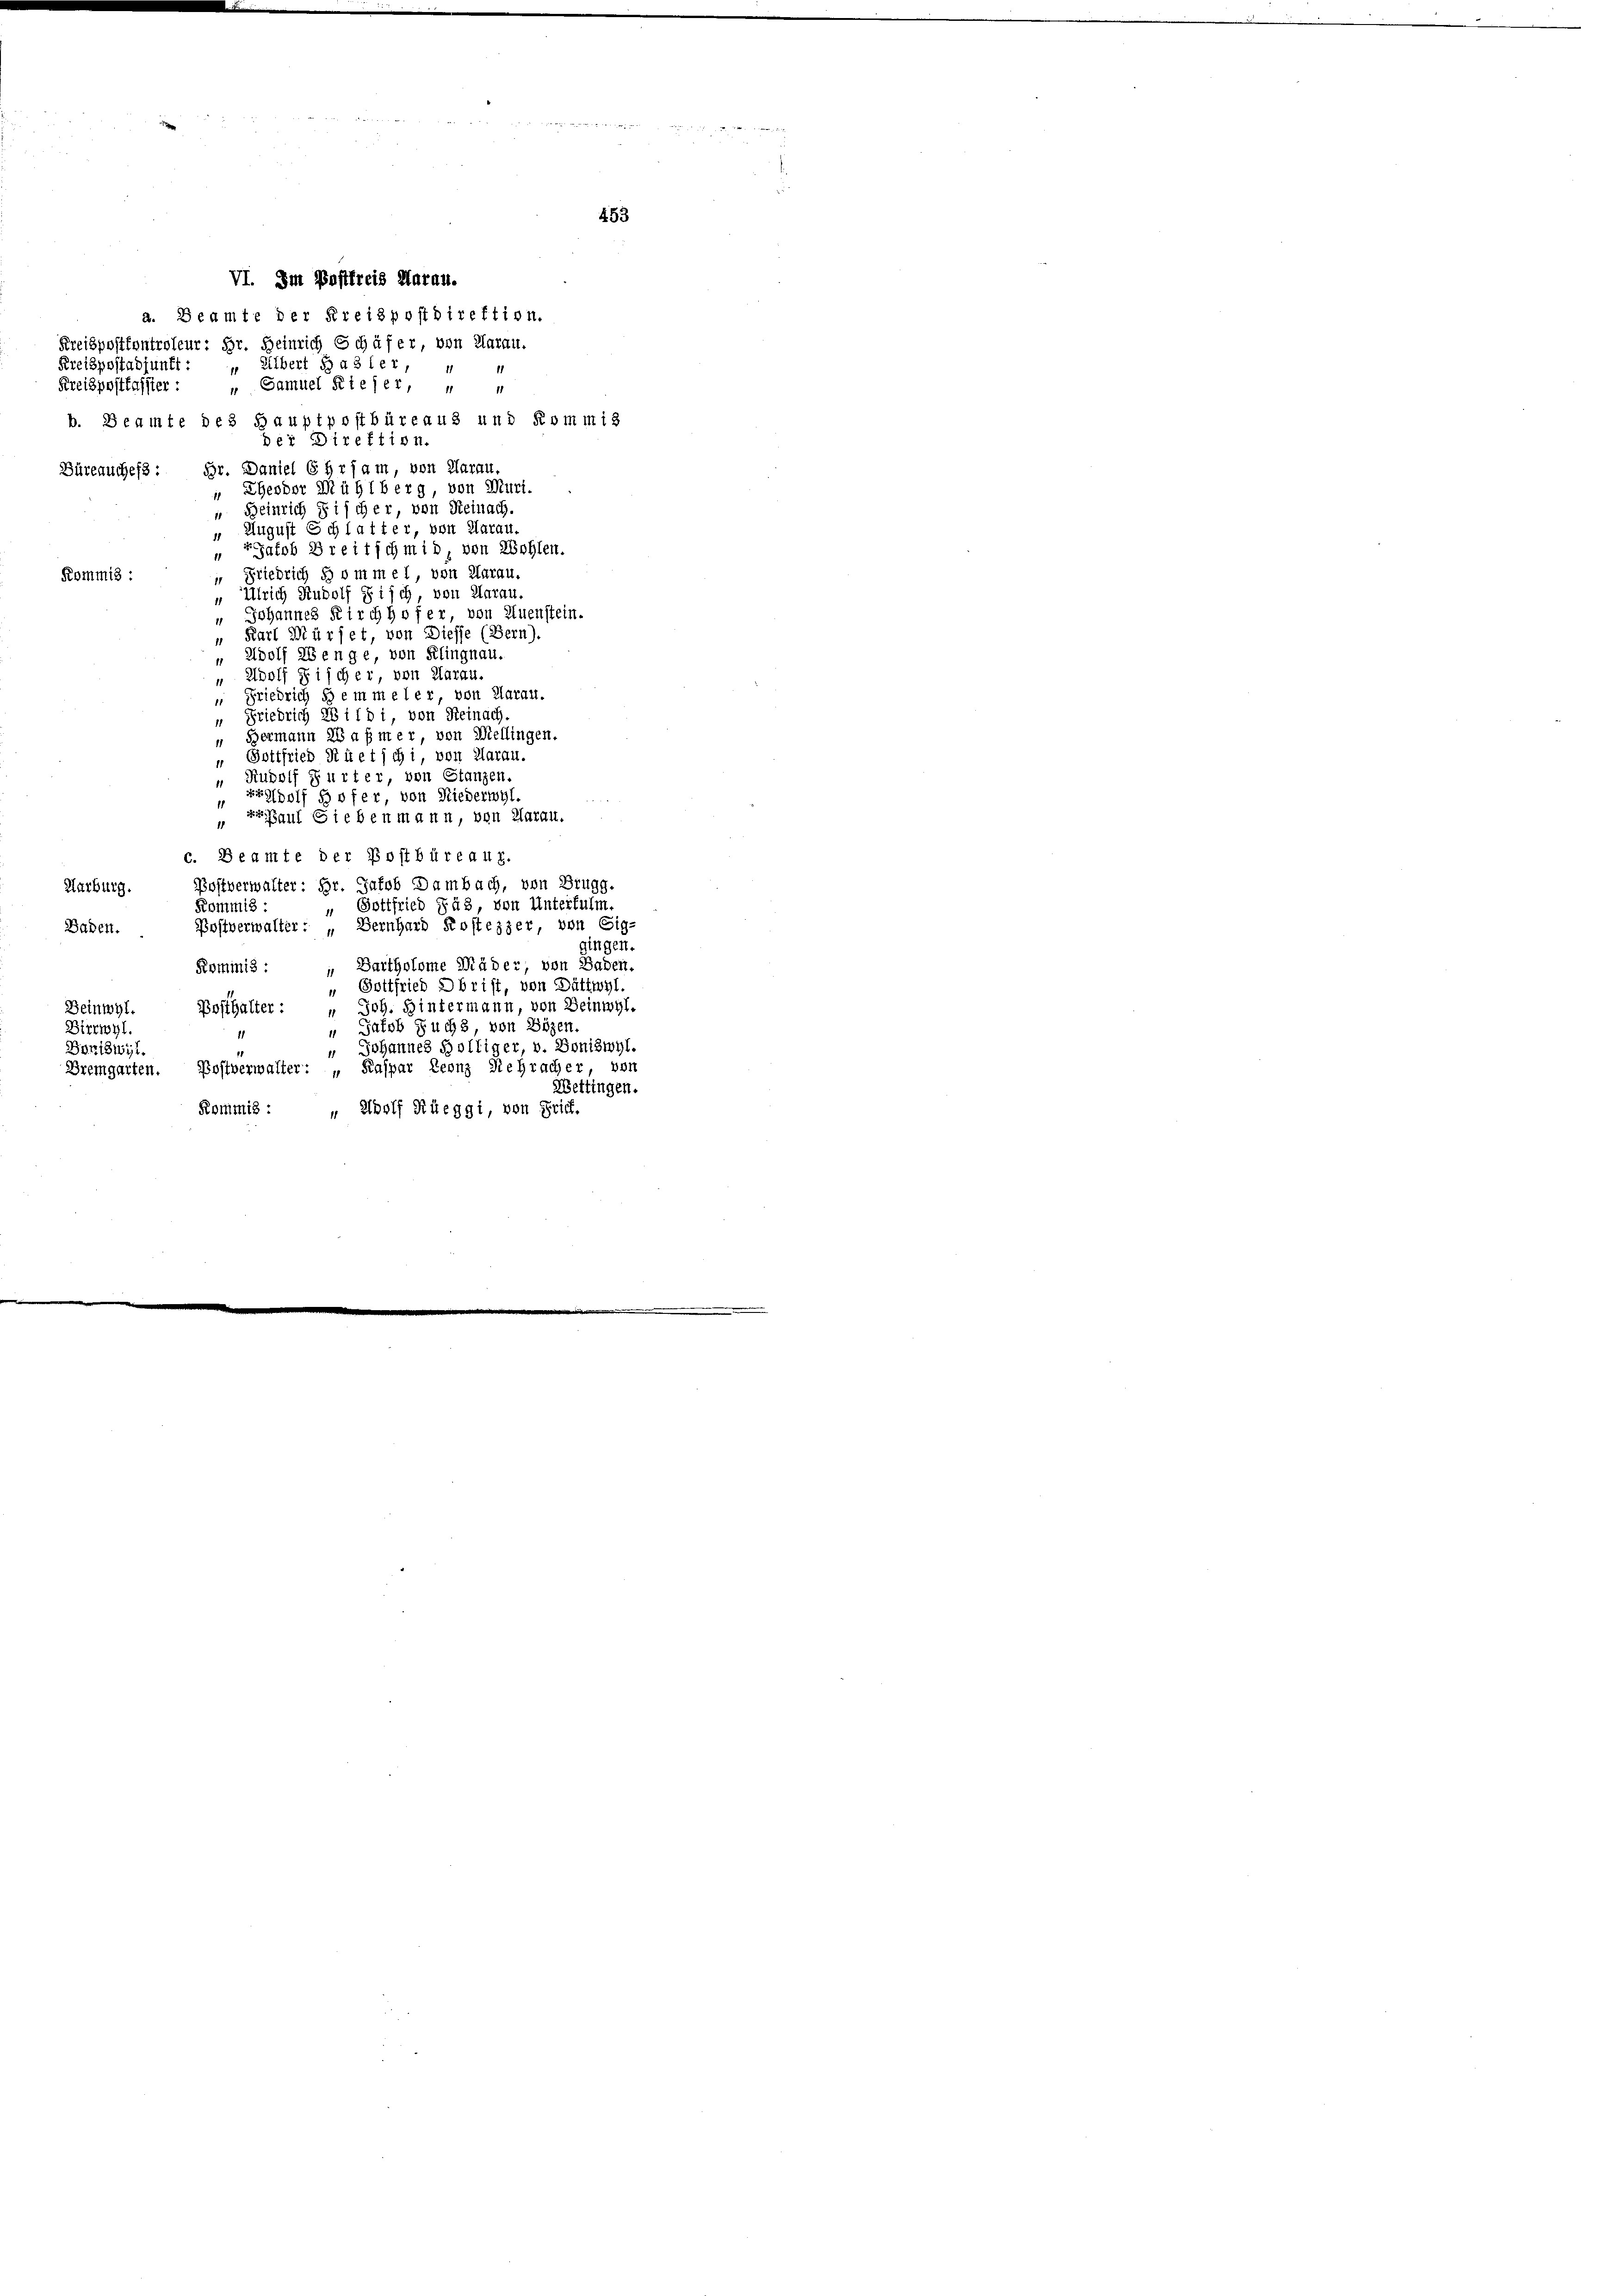
VI. Im Pastfreis Marau.
a. Beamte der Kreispostdirektion.
Kreispostkontroleur: Dr. Heinrich Schäfer, von Klaran.
Kreispostadjunkt: „Elbert Hasler,
11
Kreispostfasster : „ Samuel Kieser, " "
b. Beamte des Hauptpostbüreaus und Kommis
der Direktion.
Br. Daniel 6 Hrjam, von Aarau,
Büreauches:
 Ehender Mühlberg, von Muri.
" Heinrich discher, von Reinach.
 August Schlatter, von Aarau.
Jatob Breitschmid, von Wohlen.
“ Friedrich ds vmmel, von Aarau,
Kommis :
 Ulrich Rudolf Fisch, von Aarau.
" Johannes Kirchhofer, von Quenstein.
" Karl Würfet, von Diesse (Bern).
" Adolf ABenge, von Klingnau.
" Adolf Fischer, von Aarau.
 Friedrich dem meler, von Aarau.
„ Friedrich 28 i 1 d 1, von Reinach
 Bermann 28 a fmer, von Mellingen.
" Gottfried Rietschi, von Aarau.
Rudolf Gurter, von Stanzen.
 Erholf Hofer, von Niederwyl.
g Paul Gieben mann, von Aarau.
c. Beamte der Postbüreaux.
Postverwalter: Hr. Jakob Dambach, von Brugg.
Aurburg.
Gottfried das, von Unterfulm.
Kommis:
Postverwalter: „Bernhard Kostezzer, von Eig-
Baden.
gingen.
Kommis : „ Bartholome Mäder, von Baden.
" Gottfried Obrist, von Dättwyl.
Posthalter: „Joh. Hintermann, von Beinwyl-
Beinwyl.
Jatob Fuchs, von Bözen
Birrwyl.
1
Johannes Holtiger, v. Boniswyl,
Doriswyl.
11
Bremgarten. Bostverwalter: „Kaspar Leonz Schracher, von
Wettingen.
Kommis : „Adolf Rüeggi, von Brief.

453